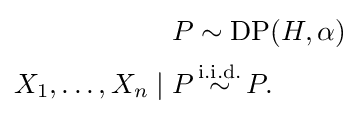
{\begin{aligned}P&\sim {\textrm {DP}}(H,\alpha )\\X_{1},\ldots ,X_{n}\mid P&\,{\overset {\textrm {i.i.d.}}{\sim }}\,P.\end{aligned}}